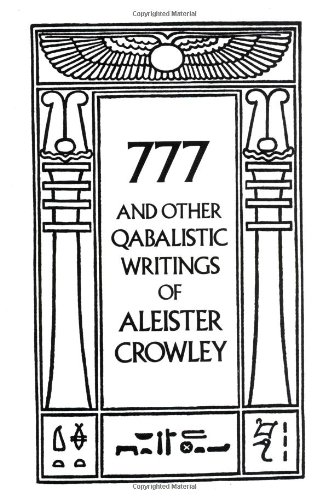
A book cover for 777 And Other Qabalistic Writings of Aleister Crowley: Including Gematria & Sepher Sephiroth; Aleister Crowley; Literature & Fiction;